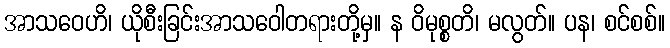
အာသဝေဟိ၊ ယိုစီးခြင်းအာသဝေါတရားတို့မှ။ န ဝိမုစ္စတိ၊ မလွတ်။ ပန၊ စင်စစ်။